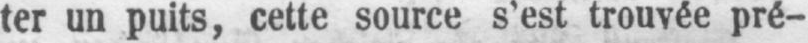
ter un puits, cette source s’est trouvée pré-